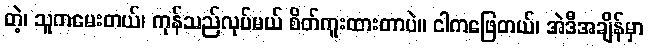
တဲ့၊ သူကမေးတယ်၊ ကုန်သည်လုပ်မယ် စိတ်ကူးထားတာပဲ။ ငါကဖြေတယ်၊ အဲဒီအချိန်မှာ